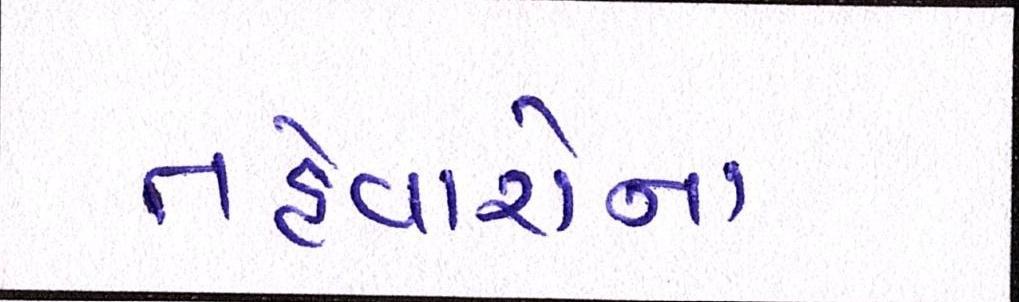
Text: તહેવારોના